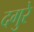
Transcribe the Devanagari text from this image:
दगुरे